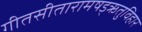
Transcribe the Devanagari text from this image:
गीतसीतारामषड्ऋतुविहार